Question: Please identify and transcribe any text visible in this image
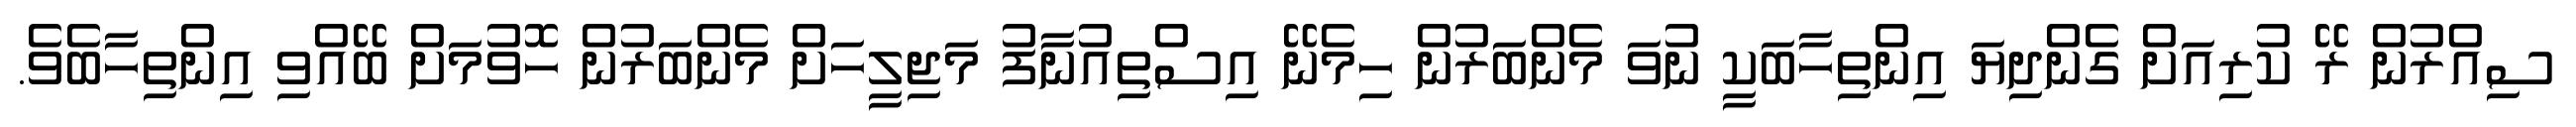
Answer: ސިއްރުން ރޭ ކުރިއަށް ގެންދިޔަ އިންތިހާބަކީ ނުވަ މެންބަރުން ހިމެނޭ އިސްތިއުނާފު މަޖިލީހަށް މެންބަރުން ހޮވުމަށް ބޭއްވި އިންތިހާބެވެ.